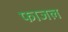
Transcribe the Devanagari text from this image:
फाजल